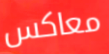
معاكس